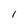
Character: I